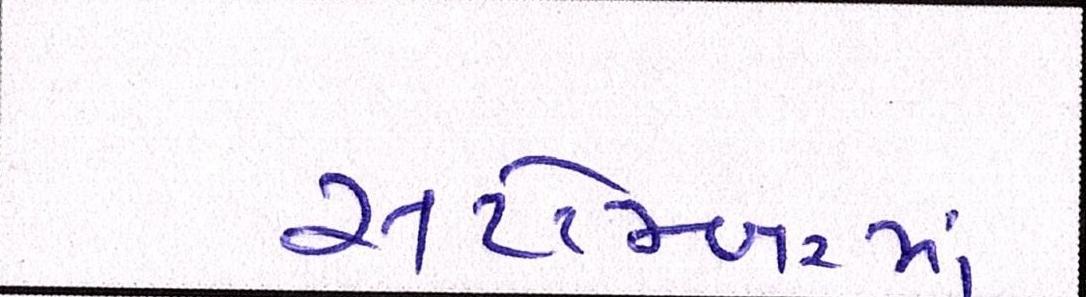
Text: સપ્ટેમ્બરમાં